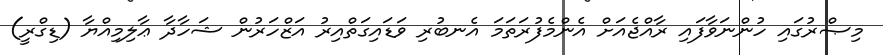
މިޞްރުގައި ހުންނަވާފައި ރާއްޖެއަށް އެންމެފުރަތަމަ އެނބުރި ވަޑައިގަތްއިރު އަޒްހަރުން ޝަހާދާ ޢާލިމިއްޔާ (ޑިގްރީ)